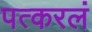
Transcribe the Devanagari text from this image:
पत्करलं